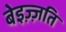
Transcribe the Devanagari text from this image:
बेइज़्ज़ति